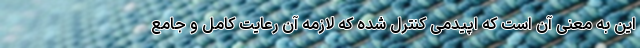
این به معنی آن است که اپیدمی کنترل شده که لازمه آن رعایت کامل و جامع